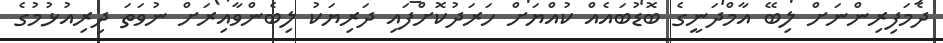
ދެމަފިރިންނަށް ލިބޭ އާމްދަނީގެ ބޮޑުބައެއް ކުއްޔަށް ހަރަދުކޮށްފައި ދަރިޔަކު ލިބެންވާއިރަށް ނުވަތަ ދިރިއުޅުމުގެ